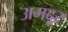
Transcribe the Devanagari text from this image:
अमदूर